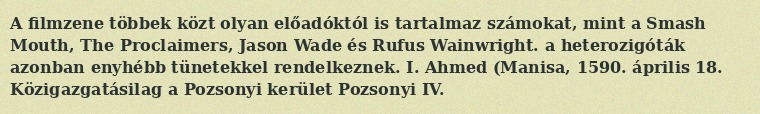
A filmzene többek közt olyan előadóktól is tartalmaz számokat, mint a Smash Mouth, The Proclaimers, Jason Wade és Rufus Wainwright. a heterozigóták azonban enyhébb tünetekkel rendelkeznek. I. Ahmed (Manisa, 1590. április 18. Közigazgatásilag a Pozsonyi kerület Pozsonyi IV.